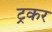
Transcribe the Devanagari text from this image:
ट्रकर